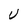
Character: U